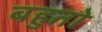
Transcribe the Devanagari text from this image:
बहुतो